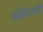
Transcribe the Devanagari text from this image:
अतीतवाणी